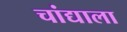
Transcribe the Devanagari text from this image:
चांद्याला